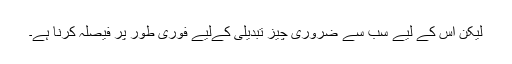
لیکن اس کے لیے سب سے ضروری چیز تبدیلی کےلیے فوری طور پر فیصلہ کرنا ہے۔